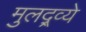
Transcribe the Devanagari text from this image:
मुलद्र्व्ये